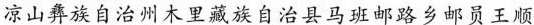
凉山彝族自治州木里藏族自治县马班邮路乡邮员王顺